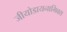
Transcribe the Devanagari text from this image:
जीयोडायनामिक्‍स